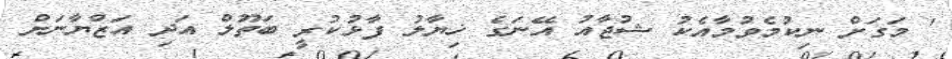
' މަގަށް ނިކުމެވުމާއެކު ޝުޖާއު އޭނަގެ ޚިޔާލު ފާޅުކުރީ ބަތޫލް އަދި އަޒްޔާނަށް